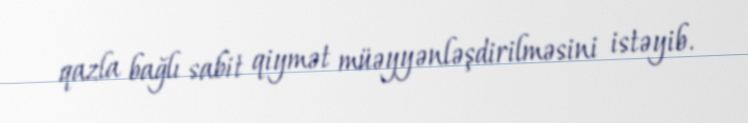
qazla bağlı sabit qiymət müəyyənləşdirilməsini istəyib.